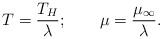
LaTeX: \begin{align*}T = {T_H \over\lambda}; \qquad \mu = {\mu_\infty\over\lambda}.\end{align*}